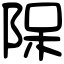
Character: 𨹦